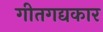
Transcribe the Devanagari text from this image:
गीतगद्यकार